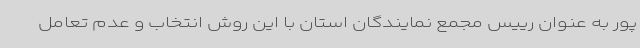
پور به عنوان رییس مجمع نمایندگان استان با این روش انتخاب و عدم تعامل